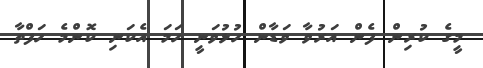
މީގެ ކުރިން ފެން އަރުވާ ވަޑާން ހުޅުވަނީ ހަމަ އެކަނި ކޮންމެ ހަފްތާ